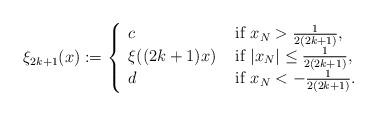
LaTeX: \begin{align*}\xi_{2k+1}(x):=\left\{\begin{array}{ll}c &\hbox{ if }x_N > \frac{1}{2(2k+1)},\\\xi((2k+1)x )&\hbox{ if } |x_N|\leq \frac{1}{2(2k+1)},\\d &\hbox{ if }x_N <-\frac{1}{2(2k+1)}. \end{array}\right.\end{align*}